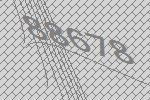
88678